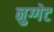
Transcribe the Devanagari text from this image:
नुग्गेट